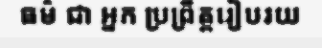
ធម៌ ជា អ្នក ប្រព្រឹត្តរៀបរយ